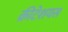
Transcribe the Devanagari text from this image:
क्रीटेशयस